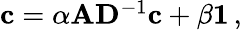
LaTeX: \begin{array}{r}{{\mathbf c}=\alpha{\mathbf A}{\mathbf D}^{-1}{\mathbf c}+\beta{\mathbf 1}\, ,}\end{array}